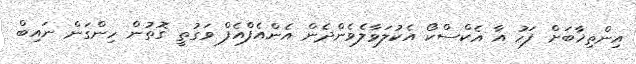
އިންތިޚާބަށް ފަހު އާ އެކްސްކޯ އެކުލަވާލެވެންދެން އެންއެފްއެފް ވަގުތީ ގޮތުން ހިންގަން ނައިބް